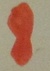
Text: 8